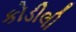
કોડીલી